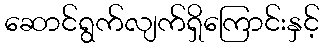
ဆောင်ရွက်လျက်ရှိကြောင်းနှင့်